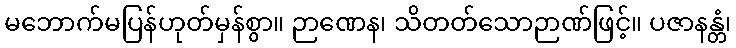
မဘောက်မပြန်ဟုတ်မှန်စွာ။ ဉာဏေန၊ သိတတ်သောဉာဏ်ဖြင့်။ ပဇာနန္တံ၊